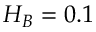
H _ { B } = 0 . 1